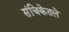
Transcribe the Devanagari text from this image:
संचिकेतले